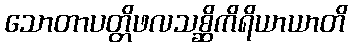
သောတာပတ္တိဖလသစ္ဆိကိရိယာယာတိ